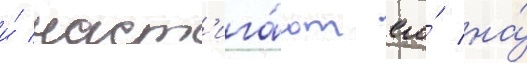
и́ наст'ига́ют его́ на́